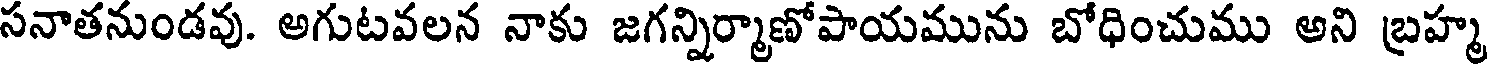
సనాతనుండవు. అగుటవలన నాకు జగన్నిర్మాణోపాయమును బోధించుము అని బ్రహ్మ